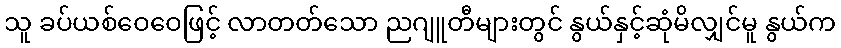
သူ ခပ်ယစ်ဝေဝေဖြင့် လာတတ်သော ညဂျူတီများတွင် နွယ်နှင့်ဆုံမိလျှင်မူ နွယ်က